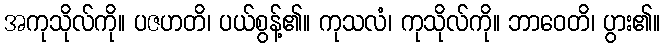
အကုသိုလ်ကို။ ပဇဟတိ၊ ပယ်စွန့်၏။ ကုသလံ၊ ကုသိုလ်ကို။ ဘာဝေတိ၊ ပွား၏။